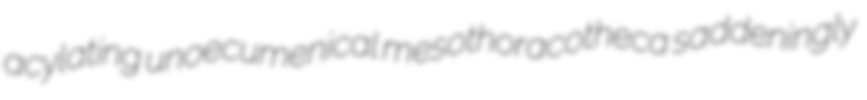
acylating unoecumenical mesothoracotheca saddeningly